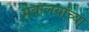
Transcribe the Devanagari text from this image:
मंत्रालयांच्या